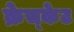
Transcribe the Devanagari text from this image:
क्रेच्केट